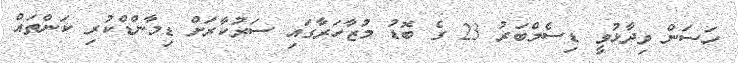
ހަސަން ވިދާޅުވީ ޑިސެމްބަރު 23 ގެ ބޮޑު މުޒާހަރާގައި ސަރުކާރަށް ޑިމާންޑްކުރި ކަންތައް